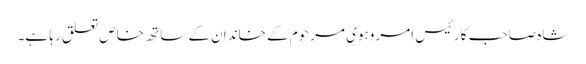
شاہ صاحب کا رئیس امروہوی مرحوم کے خاندان کے ساتھ خاص تعلق رہا ہے۔